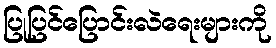
ပြုပြင်ပြောင်းလဲရေးများကို